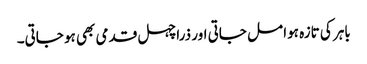
باہر کی تازہ ہوا مل جاتی اور ذرا چہل قدمی بھی ہو جاتی۔